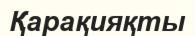
Қарақияқты